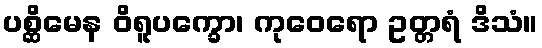
ပစ္ဆိမေန ဝိရူပက္ခော၊ ကုဝေရော ဥတ္တရံ ဒိသံ။